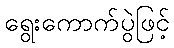
ရွေးကောက်ပွဲဖြင့်